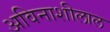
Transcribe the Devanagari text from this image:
अविनाशीलाल